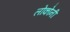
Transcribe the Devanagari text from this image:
लोकोनी